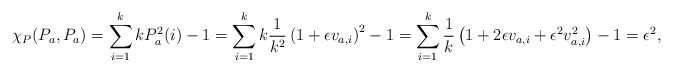
\begin{align*}\chi_P(P_a,P_a) &= \sum_{i=1}^k kP_a^2(i) - 1 = \sum_{i=1}^k k \frac{1}{k^2} \left( 1 + \epsilon v_{a,i} \right)^2 - 1= \sum_{i=1}^k \frac{1}{k} \left( 1 + 2\epsilon v_{a,i} + \epsilon^2 v_{a,i}^2 \right) - 1 = \epsilon^2,\end{align*}